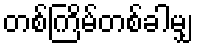
တစ်ကြိမ်တစ်ခါမျှ